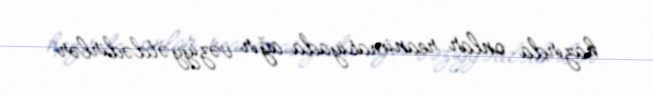
hazırda onlar reanimasiyada ağır vəziyyətdədirlər.